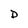
Character: D